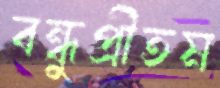
বন্ধুপ্রীতম